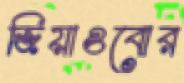
জিয়াওবোর